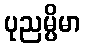
ပုညမ္ပိမာ